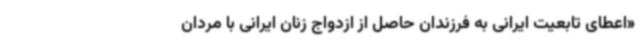
«اعطای تابعیت ایرانی به فرزندان حاصل از ازدواج زنان ایرانی با مردان